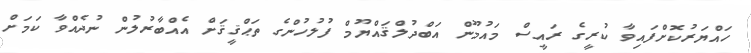
ހައްޔަރުކޮށްފައިވާ ކުރީގެ ރައީސް މައުމޫން އަބްދުލްޤައްޔޫމް ފުލުހުންގެ ތަޙްޤީޤަށް އެއްބާރުލުން ނުދެއްވާ ކަމަށް